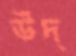
উদ্